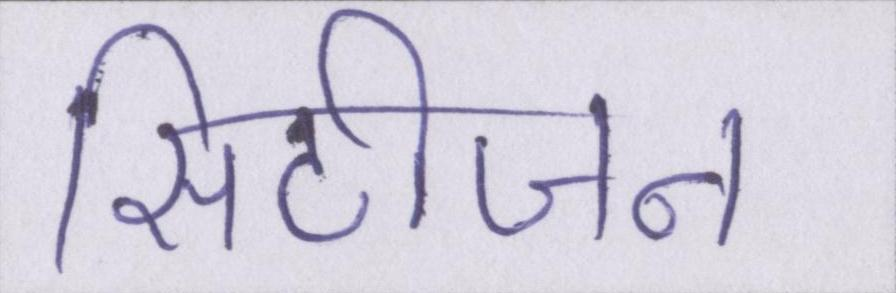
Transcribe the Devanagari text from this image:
सिटीजन